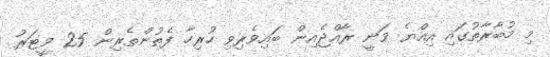
މި މުބާރާތުގައި އިއްޔެ ވަނީ ރާއްޖެއިން ބައިވެރިވި ހުރިހާ ފެތުންތެރިން 25 މީޓަރު